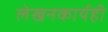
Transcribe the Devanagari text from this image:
लेखनकार्यही